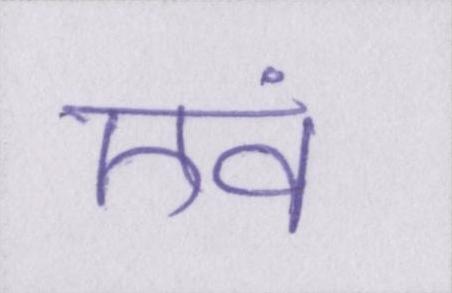
एवं